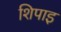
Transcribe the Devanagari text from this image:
शिपाइ